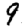
Digit: 9